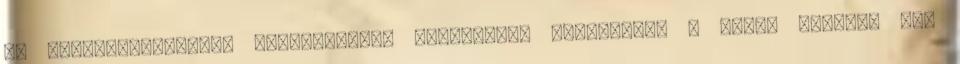
az útfelfestésekhez viszonyított helyzetét. Amennyiben a jármű anélkül lép